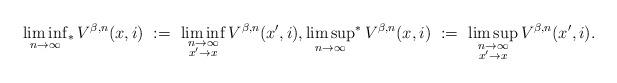
LaTeX: \begin{align*}\liminf_{n\rightarrow\infty}{\!}_*\, V^{\beta,n}(x,i) \ := \ \liminf_{\substack{n\rightarrow\infty\\ x'\rightarrow x}} V^{\beta,n}(x',i), \limsup_{n\rightarrow\infty}{\!}^*\, V^{\beta,n}(x,i) \ := \ \limsup_{\substack{n\rightarrow\infty\\ x'\rightarrow x}} V^{\beta,n}(x',i).\end{align*}